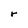
Character: r